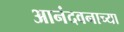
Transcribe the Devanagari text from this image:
आनंदवनाच्या